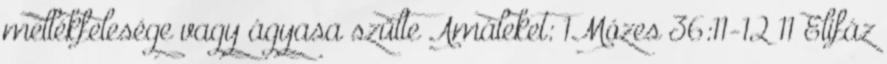
mellékfelesége vagy ágyasa szülte Amáleket: 1Mózes 36:11-12 11 Elifáz